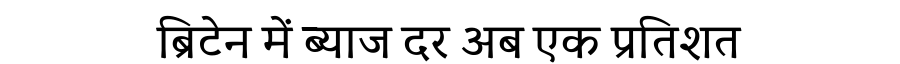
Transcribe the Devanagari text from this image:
ब्रिटेन में ब्याज दर अब एक प्रतिशत